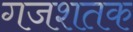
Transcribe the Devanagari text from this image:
गजशतक